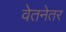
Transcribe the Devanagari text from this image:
वेतनेतर